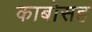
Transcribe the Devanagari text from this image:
काबोसह